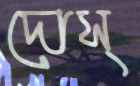
দোস্